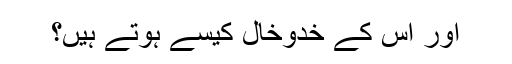
اور اس کے خدوخال کیسے ہوتے ہیں؟